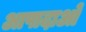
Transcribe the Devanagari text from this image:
आपादाओं